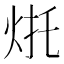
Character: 𰞌